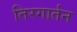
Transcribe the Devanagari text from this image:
तिरगार्तन